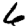
Digit: 6